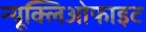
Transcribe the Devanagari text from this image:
न्यूक्लिओफाइट